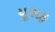
યૂસફ